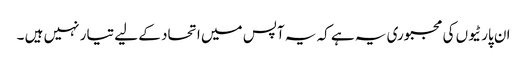
ان پارٹیوں کی مجبوری یہ ہے کہ یہ آپس میں اتحاد کے لیے تیار نہیں ہیں ۔